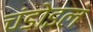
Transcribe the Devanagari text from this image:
चंडोइल